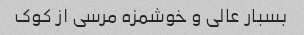
بسبار عالی و خوشمزه مرسی از کوک